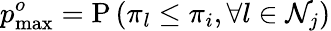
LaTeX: p_{\operatorname*{max}}^{o}=\mathrm{P}\left(\pi_{l}\leq\pi_{i},\forall l\in\mathcal{N}_{j}\right)